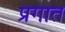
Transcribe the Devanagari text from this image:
प्रगात